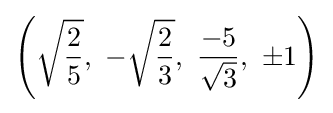
\left({\sqrt {\frac {2}{5}}},\ -{\sqrt {\frac {2}{3}}},\ {\frac {-5}{\sqrt {3}}},\ \pm 1\right)